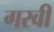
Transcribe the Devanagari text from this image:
गरवी